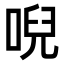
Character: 唲